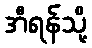
အီရန်သို့